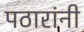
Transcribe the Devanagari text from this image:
पठारांनी